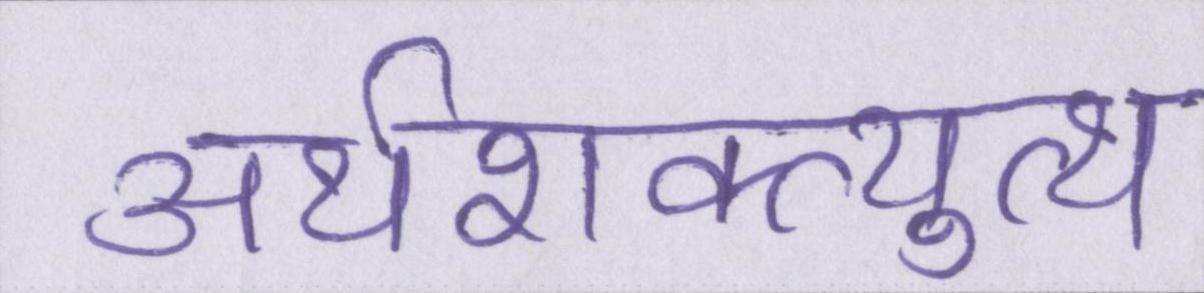
अर्थशक्त्युत्थ